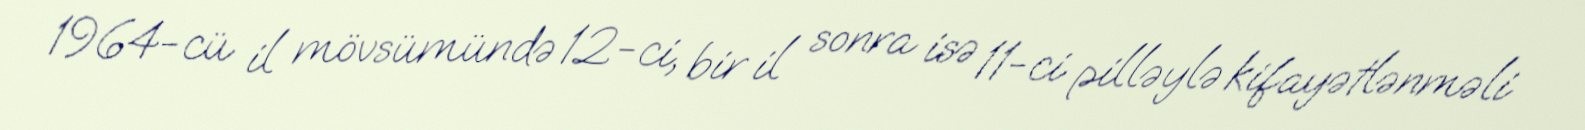
1964-cü il mövsümündə 12-ci, bir il sonra isə 11-ci pilləylə kifayətlənməli